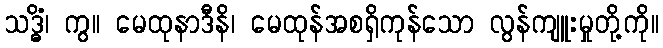
သဒ္ဓိံ၊ ကွ။ မေထုနာဒီနိ၊ မေထုန်အစရှိကုန်သော လွန်ကျူးမှုတို့ကို။